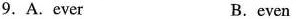
9. A.ever B.even